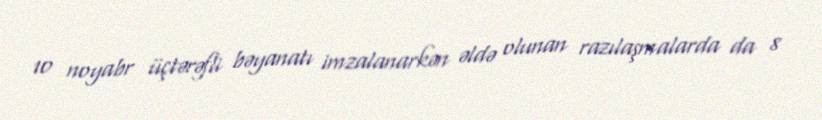
10 noyabr üçtərəfli bəyanatı imzalanarkən əldə olunan razılaşmalarda da 8